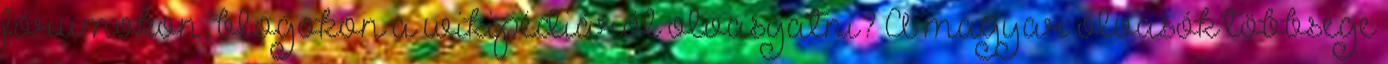
fórumokon, blogokon a wikipédiáról olvasgatni? A magyar olvasók többsége